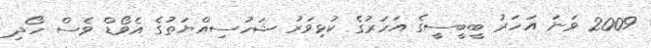
2009 ވަނަ އަހަރު ބީބީސީގެ އަހަރުގެ ކުޅިވަރު ޝަހުސިއްޔަތުގެ އެވޯޑް ވެސް ހޯދި